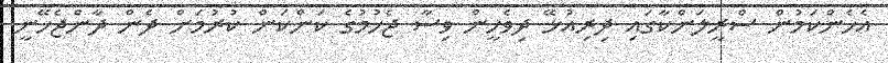
އެހެންކަމުން ސްރީލަންކާގައި ދިރިއުޅޭ ދިވެހީން ވިސާ ޖެހުމުގެ ކަންކަން ކުރުމަށް ދެން ދާންޖެހޭނީ